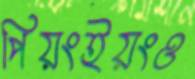
পিয়ংইয়ংও